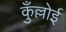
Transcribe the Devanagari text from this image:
कुँल्लोई